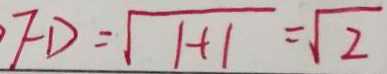
F D = \sqrt { 1 + 1 } = \sqrt { 2 }